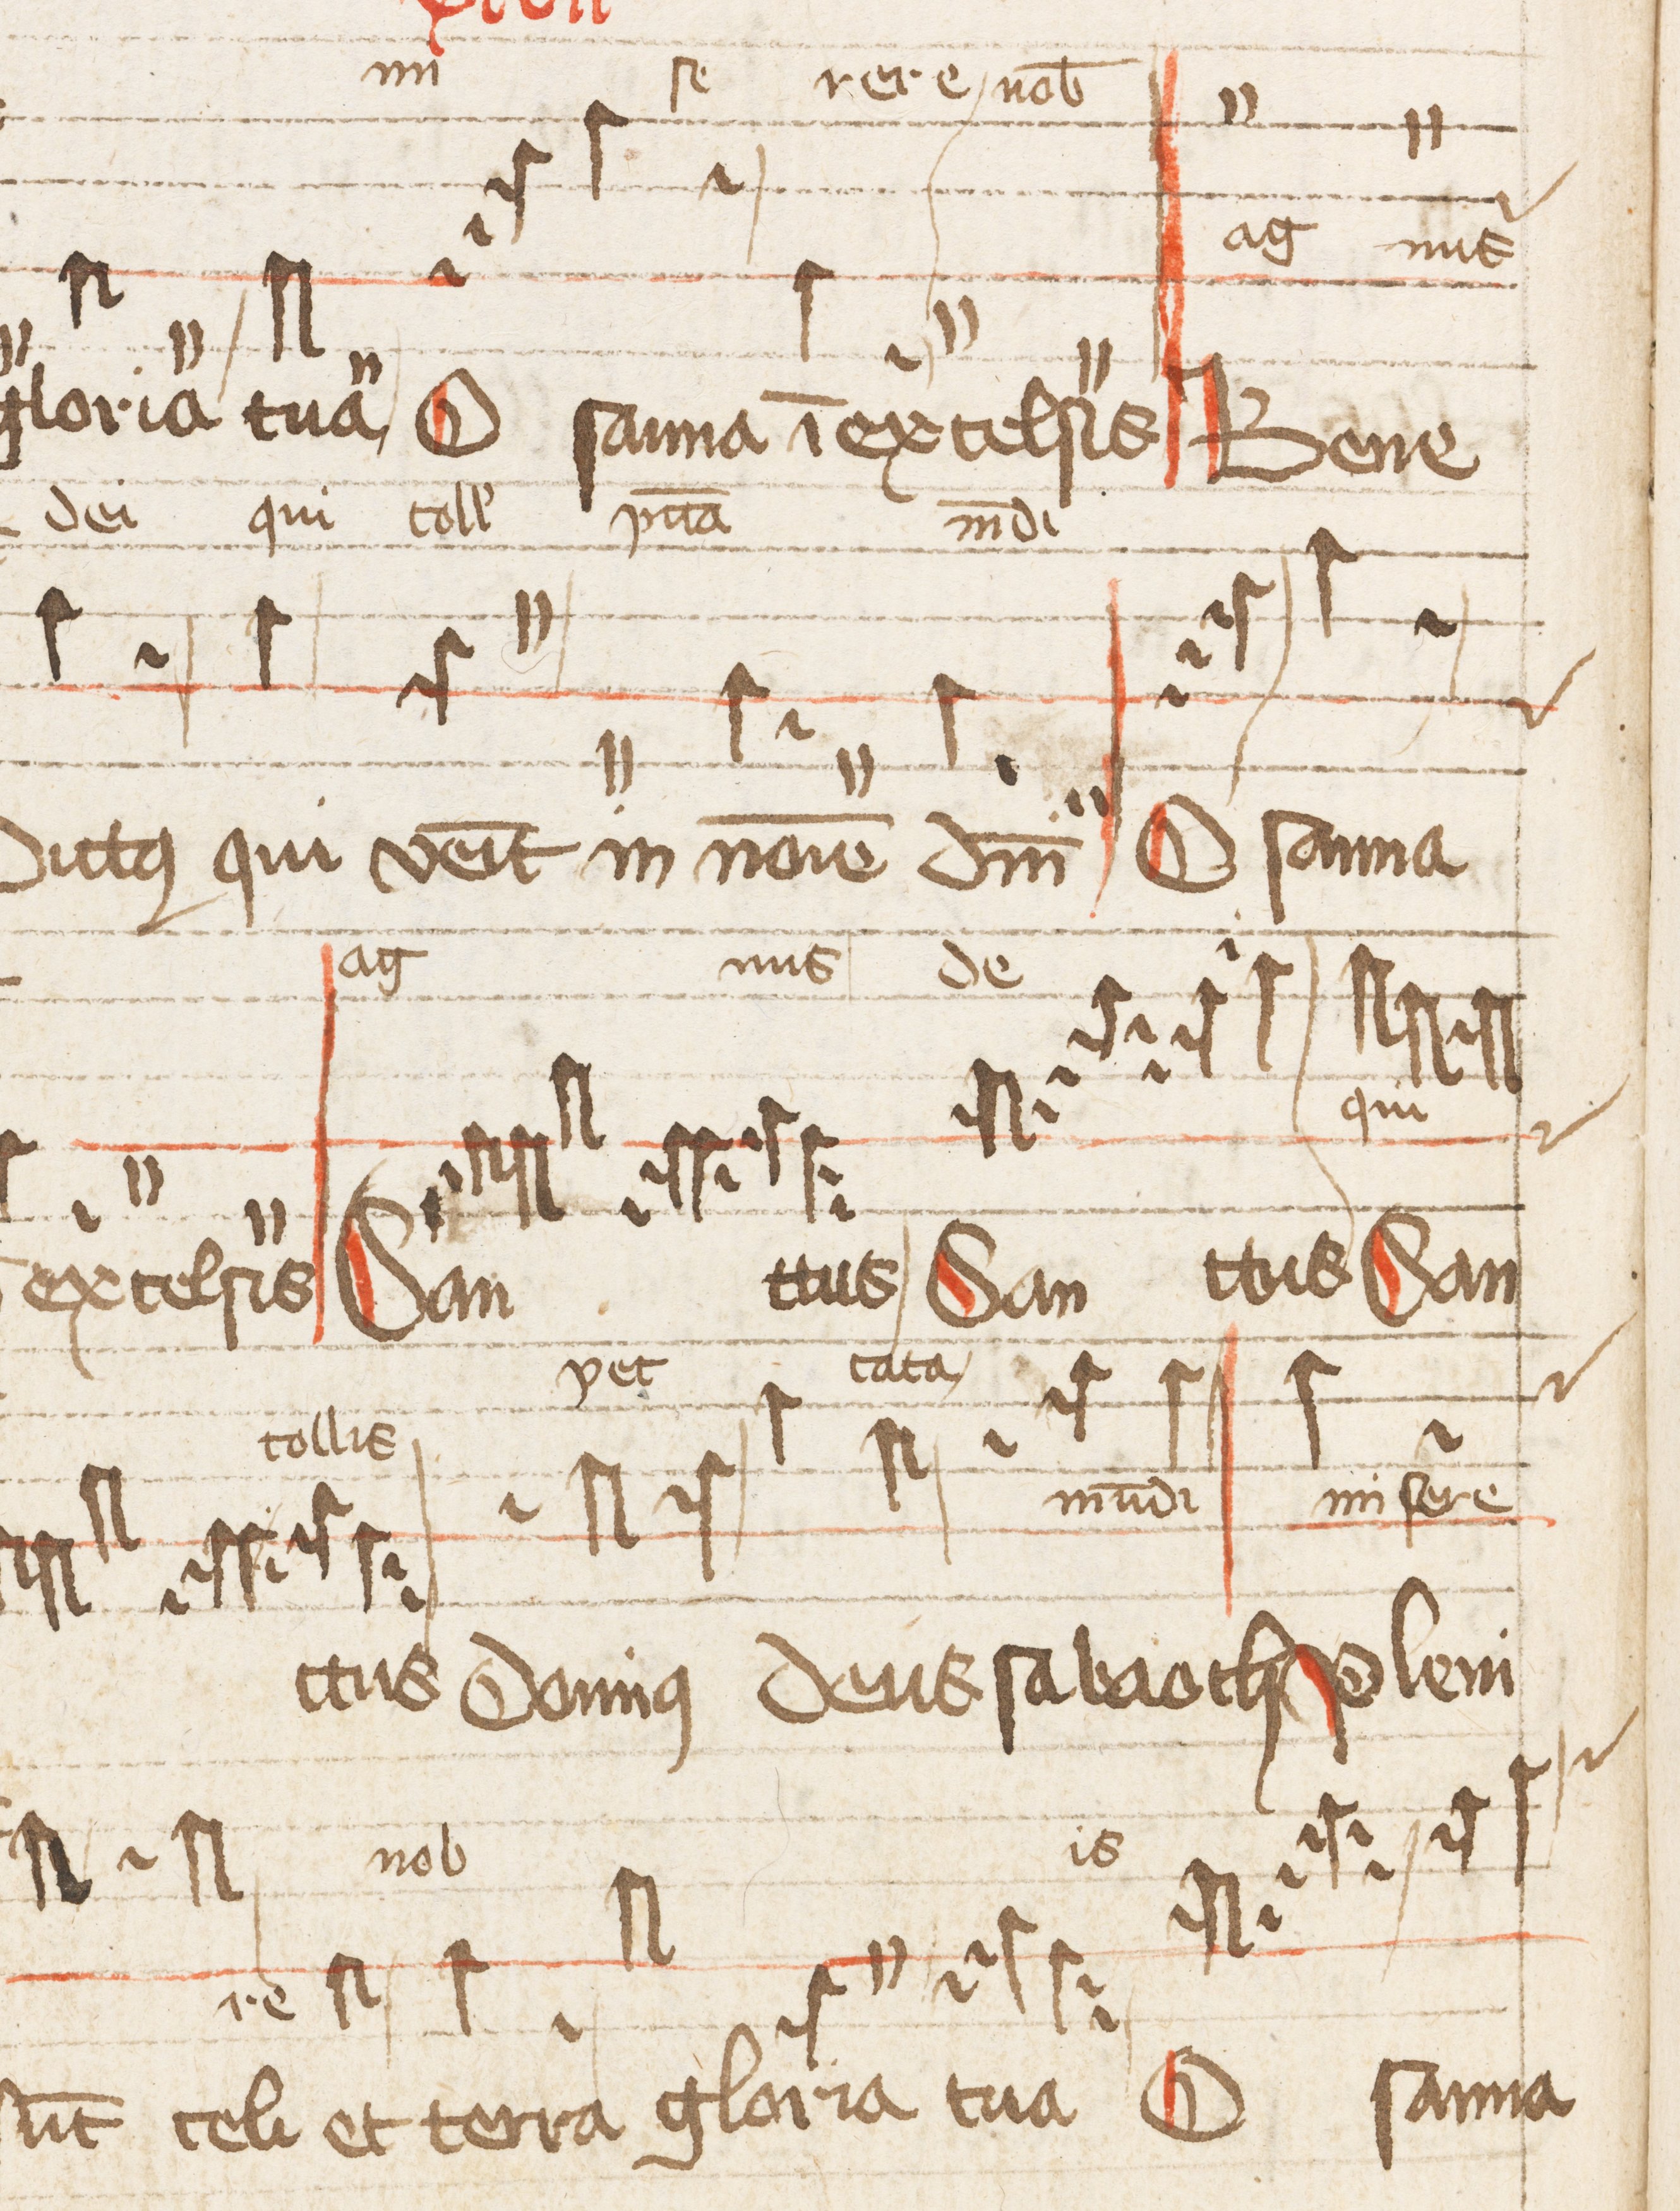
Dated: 1500–1599